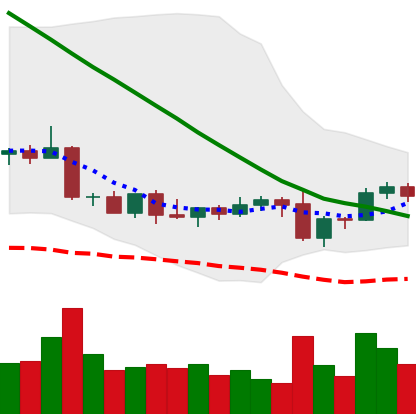
Ticker: DOGE-USD
Chart end date: 2022-09-11
Forward return: -5.165%
Label: down_5_7